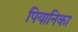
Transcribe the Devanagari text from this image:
पियानिका